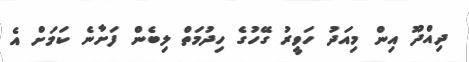
ދިއްދޫ އިން މިއަދު ހަވީރު ގޭހުގެ ހިދުމަތް ލިބެން ފަށާނެ ކަމަށް އެ